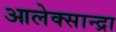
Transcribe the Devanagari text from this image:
आलेक्सान्द्रा